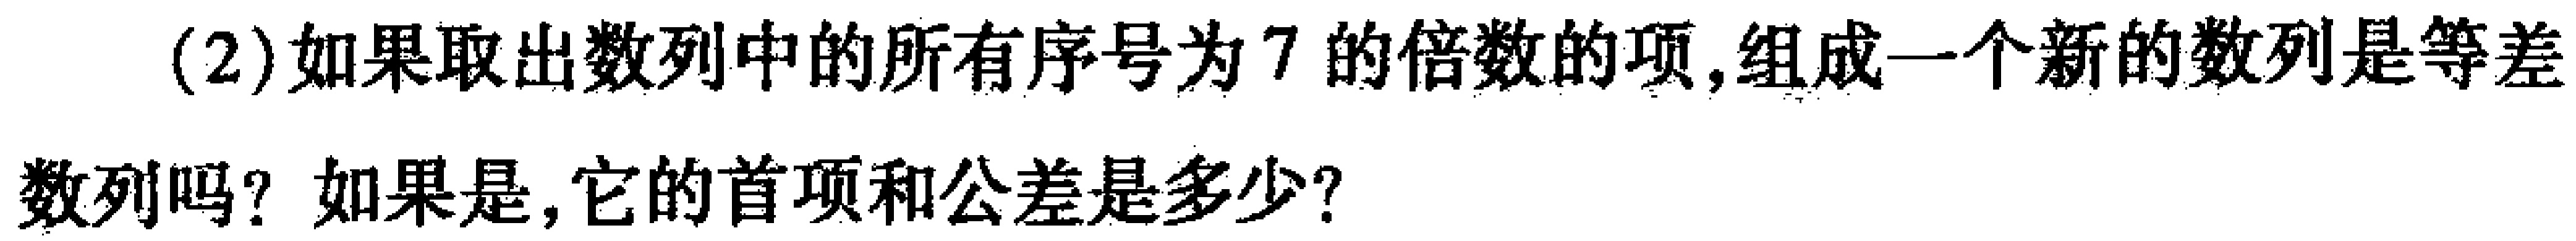
(2)如果取出数列中的所有序号为7的倍数的项,组成一个新的数列是等差数列吗？如果是,它的首项和公差是多少？